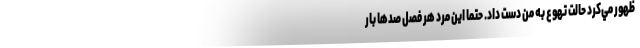
ظهور مي‌كرد حالت تهوع به من دست داد. حتما اين مرد هر فصل صدها بار